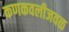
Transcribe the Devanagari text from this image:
कणकवलीजवळ